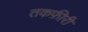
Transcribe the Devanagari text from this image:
तकफ़ीरी